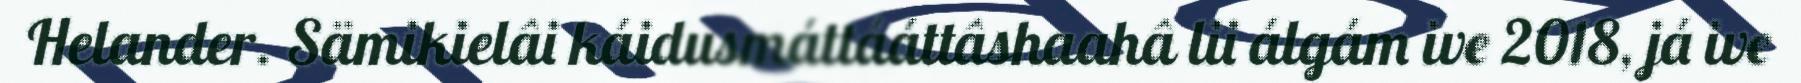
Helander. Sämikielâi káidusmáttááttâshaahâ lii álgám ive 2018, já ive